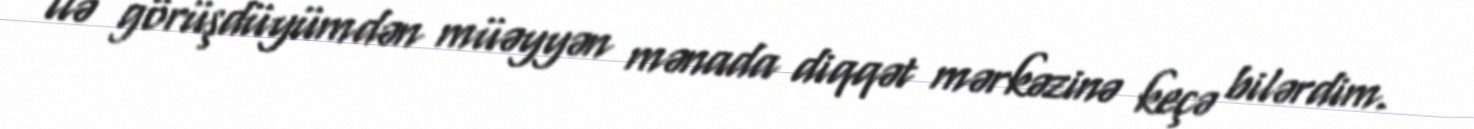
ilə görüşdüyümdən müəyyən mənada diqqət mərkəzinə keçə bilərdim.